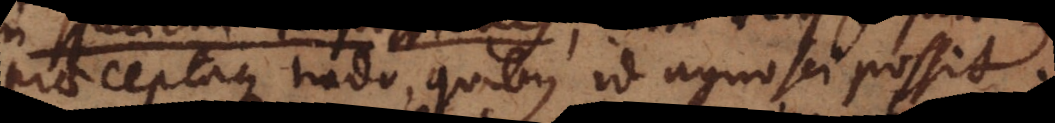
praeceptaque trado, quibus id agnosci possit.